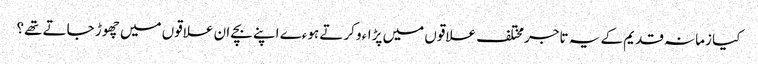
کیا زمانہ قدیم کے یہ تاجر مختلف علاقوں میں پڑاءو کرتے ہوءے اپنے بچے ان علاقوں میں چھوڑ جاتے تھے؟